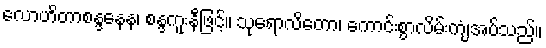
လောဟိတာစန္ဒနေန၊ စန္ဒကူးနီဖြင့်။ သုရောလိတော၊ ကောင်းစွာလိမ်းကျံအပ်သည်။